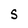
Character: s